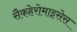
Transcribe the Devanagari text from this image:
सैकहेरोमाइसेस